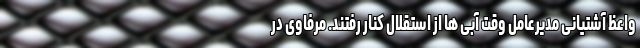
واعظ ‌آشتیانی مدیرعامل وقت آبی ها از استقلال کنار رفتند. مرفاوی در